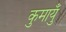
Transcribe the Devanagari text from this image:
कुमायुँ